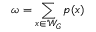
\omega = \sum _ { x \in \mathcal { W } _ { G } } p ( x )